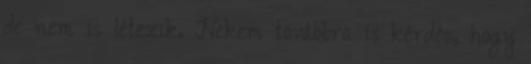
de nem is létezik. Nekem továbbra is kérdés, hogy